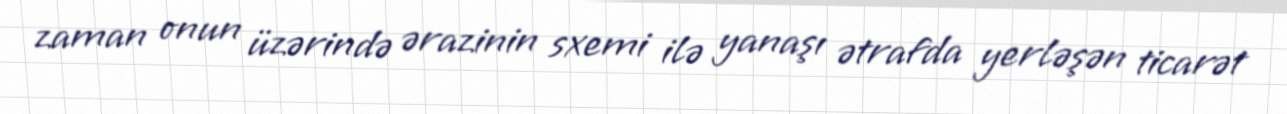
zaman onun üzərində ərazinin sxemi ilə yanaşı ətrafda yerləşən ticarət